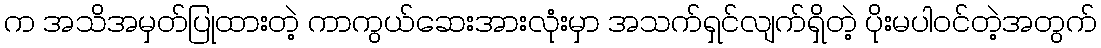
က အသိအမှတ်ပြုထားတဲ့ ကာကွယ်ဆေးအားလုံးမှာ အသက်ရှင်လျက်ရှိတဲ့ ပိုးမပါဝင်တဲ့အတွက်